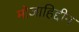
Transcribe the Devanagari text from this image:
मोजाहिद्दीन